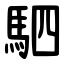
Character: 駟